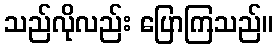
သည်လိုလည်း ပြောကြသည်။